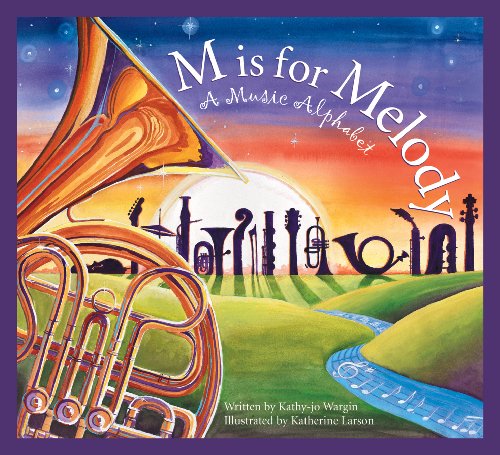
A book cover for M is for Melody: A Music Alphabet (Art and Culture); Kathy-jo Wargin; Children's Books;